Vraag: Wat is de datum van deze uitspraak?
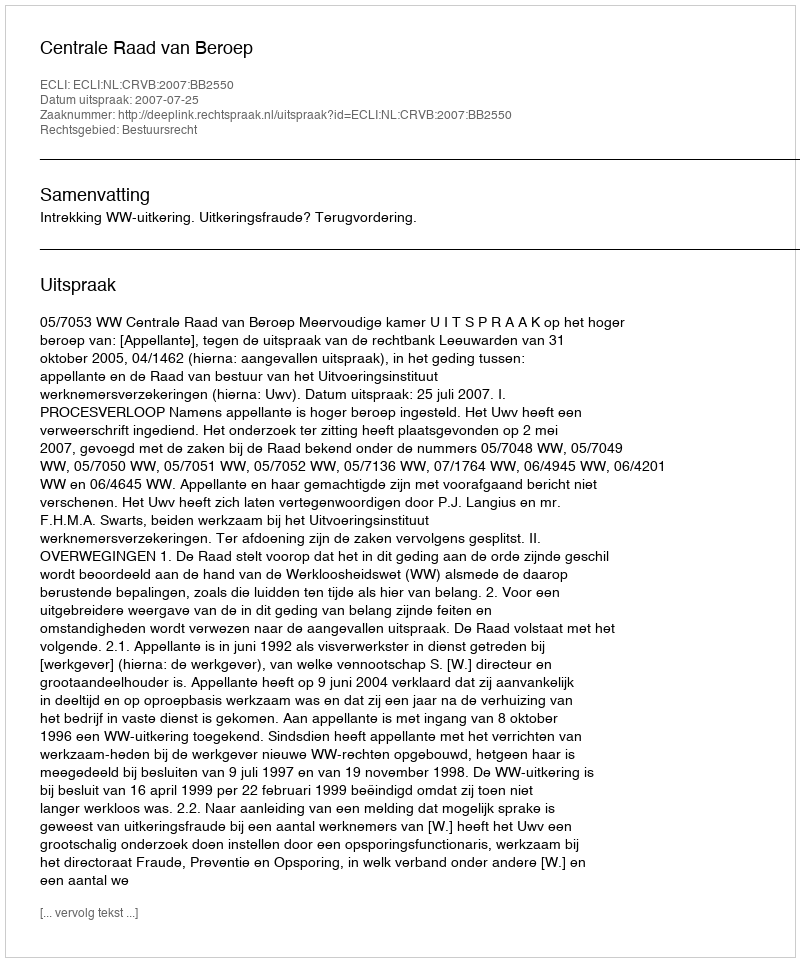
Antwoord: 2007-07-25